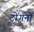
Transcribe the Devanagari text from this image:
टोंगनों